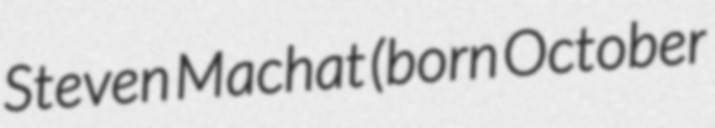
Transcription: Steven Machat (born October